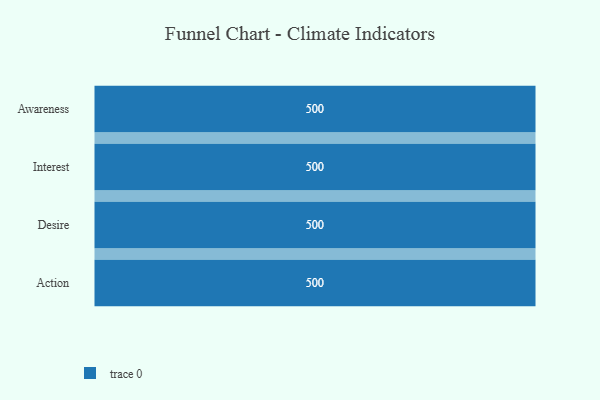
{"axis": {"x": "Stage", "y": "Value"}, "legend": [""], "data": [{"x": "Awareness", "y": 500, "type": ""}, {"x": "Interest", "y": 500, "type": ""}, {"x": "Desire", "y": 500, "type": ""}, {"x": "Action", "y": 500, "type": ""}]}